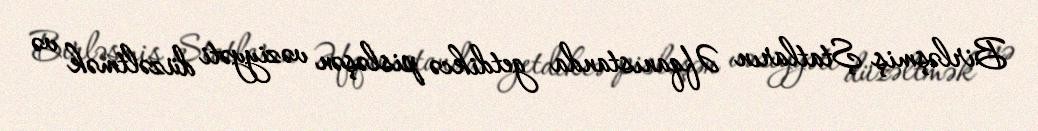
Birləşmiş Ştatların Əfqanıstanda getdikcə pisləşən vəziyyəti düzəltmək və